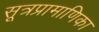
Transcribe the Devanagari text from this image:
सूत्रप्रामाणिका